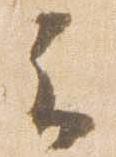
云